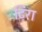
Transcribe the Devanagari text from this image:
टिरा